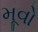
મૂવો